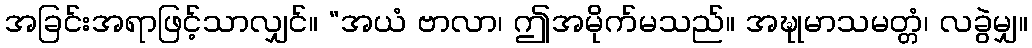
အခြင်းအရာဖြင့်သာလျှင်။ “အယံ ဗာလာ၊ ဤအမိုက်မသည်။ အဍ္ဎုမာသမတ္တံ၊ လခွဲမျှ။